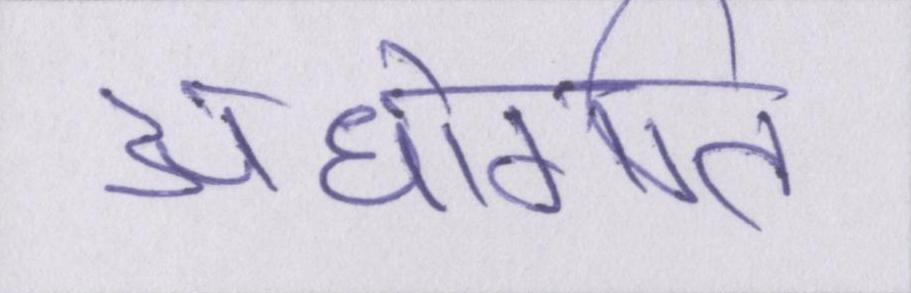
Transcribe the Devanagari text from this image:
अधोगति